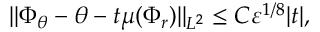
\| \Phi _ { \theta } - \theta - t \mu ( \Phi _ { r } ) \| _ { L ^ { 2 } } \leq C \varepsilon ^ { 1 / 8 } | t | ,